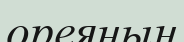
ореяның